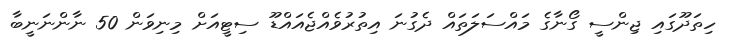
ހިތަދޫގައި ޖިންސީ ގޯނާގެ މައްސަލަތައް ދެގުނަ އިތުރުވެއްޖެއައްޑޫ ސިޓީއަށް މިނިވަން 50 ނާންނަނީބާ